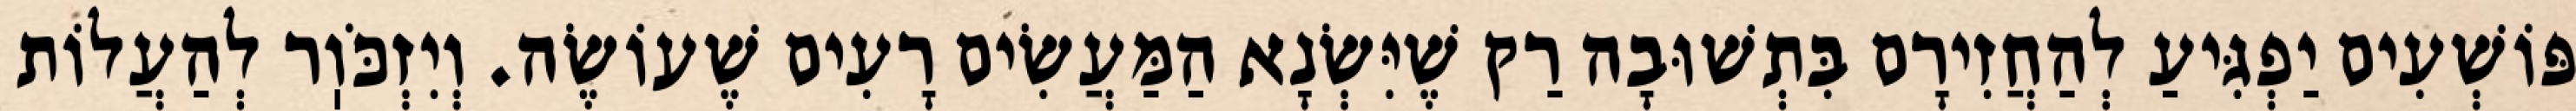
פּוֹשְׁעִים יַפְגִּיעַ לְהַחֲזִירָם בִּתְשׁוּבָה רַק שֶׁיִּשְׂנָא הַמַּעֲשִׂים רָעִים שֶׁעוֹשֶׂה. וְיִזְכֹּוֽר לְהַעֲלוֹת